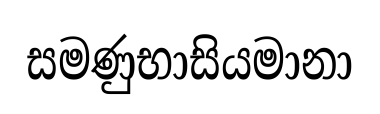
සමණුභාසියමානා